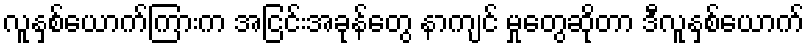
လူနှစ်ယောက်ကြားက အငြင်းအခုန်တွေ နာကျင် မှုတွေဆိုတာ ဒီလူနှစ်ယောက်